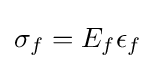
\sigma _{f}=E_{f}\epsilon _{f}